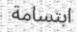
ابتسامة